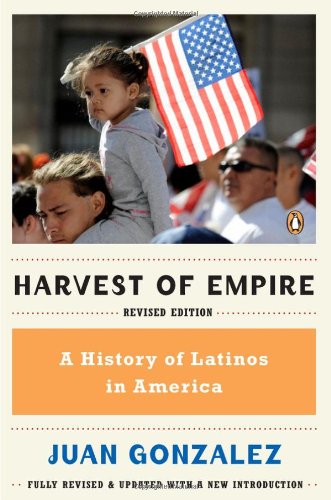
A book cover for Harvest of Empire: A History of Latinos in America; Juan Gonzalez; History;